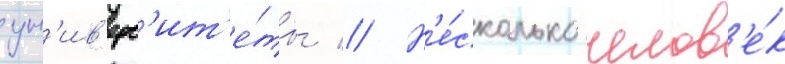
ун'ив'ерс'ит'е́ты // Н'е́сколько челов'е́к